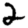
Digit: 2